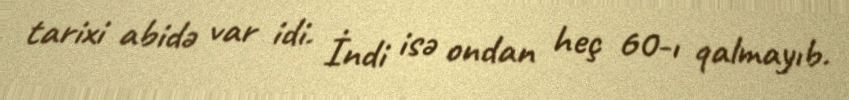
tarixi abidə var idi. İndi isə ondan heç 60-ı qalmayıb.